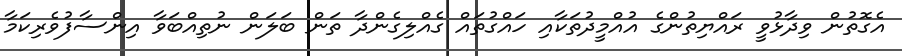
އެގޮތުން ވިދާޅުވީ ރައްޔިތުންގެ އުއްމީދުތަކާއި ހައްގުތައް ގެއްލިގެންދާ ތަން ބަލަން ނުތިއްބަވާ އިންސާފުވެރިކަމާ